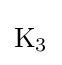
{\mathrm {K} {\vphantom {A}}_{\smash[{t}]{3}}}